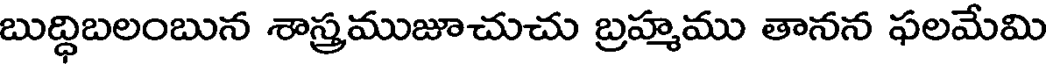
బుద్ధిబలంబున శాస్త్రముజూచుచు బ్రహ్మము తానన ఫలమేమి